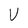
Character: U